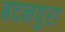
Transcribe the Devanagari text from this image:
बदनपुरा